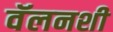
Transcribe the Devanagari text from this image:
वॅलनशी